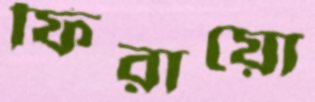
ফিরায়ো